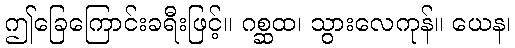
ဤခြေကြောင်းခရီးဖြင့်။ ဂစ္ဆထ၊ သွားလေကုန်။ ယေန၊